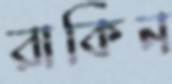
রাকিন